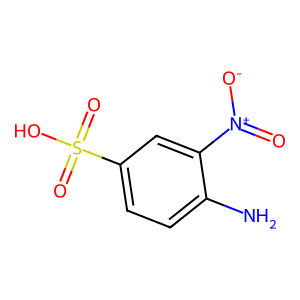
SMILES: Nc1ccc(S(=O)(=O)O)cc1[N+](=O)[O-]
Inhibits HIV replication: No